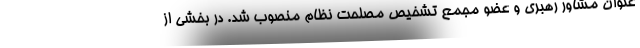
عنوان مشاور رهبری و عضو مجمع تشخیص مصلحت نظام منصوب شد. در بخشی از